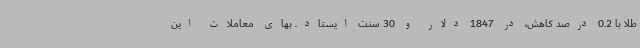
طلا با 0.2 درصد کاهش، در 1847 دلار و 30 سنت ایستاد. بهای معاملات این